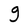
Character: g